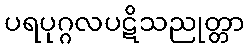
ပရပုဂ္ဂလပဋိသညုတ္တာ